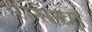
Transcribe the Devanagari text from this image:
रासखा